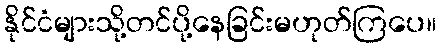
နိုင်ငံများသို့တင်ပို့နေခြင်းမဟုတ်ကြပေ။